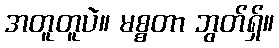
အတူတူပဲ။ မစ္စတာ ဘွတ်ရှ်။